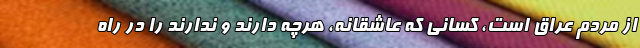
از مردم عراق است، کسانی که عاشقانه، هرچه دارند و ندارند را در راه